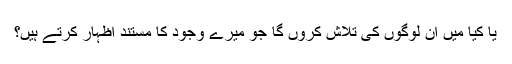
یا کیا میں ان لوگوں کی تلاش کروں گا جو میرے وجود کا مستند اظہار کرتے ہیں؟